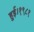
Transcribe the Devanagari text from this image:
हुई।१९८१